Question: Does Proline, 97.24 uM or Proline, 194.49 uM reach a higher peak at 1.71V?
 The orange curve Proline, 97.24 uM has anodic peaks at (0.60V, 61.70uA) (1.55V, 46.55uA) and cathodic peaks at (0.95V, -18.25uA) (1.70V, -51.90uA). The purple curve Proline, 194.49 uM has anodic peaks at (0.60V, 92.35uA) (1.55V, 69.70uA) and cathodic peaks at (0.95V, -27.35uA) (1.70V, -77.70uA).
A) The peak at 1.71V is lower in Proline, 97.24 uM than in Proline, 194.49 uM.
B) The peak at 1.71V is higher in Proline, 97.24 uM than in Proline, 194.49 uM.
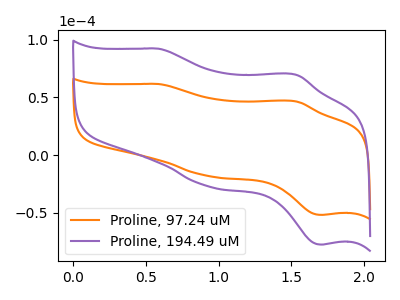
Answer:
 <answer>A) The peak at 1.71V is lower in "Proline, 97.24 uM" than in "Proline, 194.49 uM".</answer>
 <eval>A</eval>